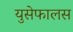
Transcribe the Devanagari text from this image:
युसेफालस